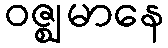
ဝဇ္ဈမာနေ